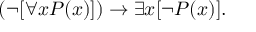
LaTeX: ( \lnot [ \forall x P ( x ) ] ) \to \exists x [ \lnot P ( x ) ] .